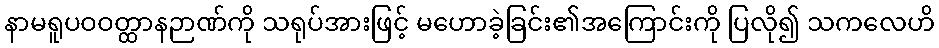
နာမရူပဝဝတ္ထာနဉာဏ်ကို သရုပ်အားဖြင့် မဟောခဲ့ခြင်း၏အကြောင်းကို ပြလို၍ သကလေဟိ